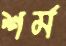
শর্ম